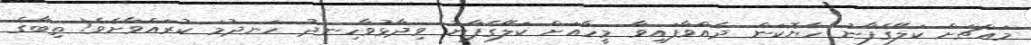
މައްޗަށް ކަލޭގެފާނު ހެޔޮކަން ދެއްވާފައިވާ މީހާއަށް ކަލޭގެފާނު ވިދާޅުވާހިނދު ހަނދުމަ ކުރައްވާށެވެ! ތިބާގެ